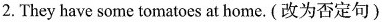
2. They have some tomatoes at home.(改为否定句)